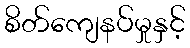
စိတ်ကျေနပ်မှုနှင့်